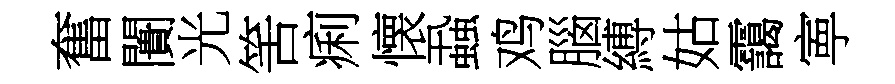
奮闠光筈痢懐蝨鸡腦縛姑靄寕